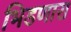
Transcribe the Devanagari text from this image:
भिडणारा